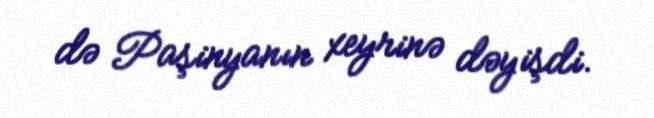
də Paşinyanın xeyrinə dəyişdi.